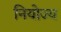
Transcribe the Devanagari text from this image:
नियोज्य